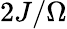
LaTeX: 2J/\Omega